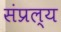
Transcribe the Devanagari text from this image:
संप्रल्य